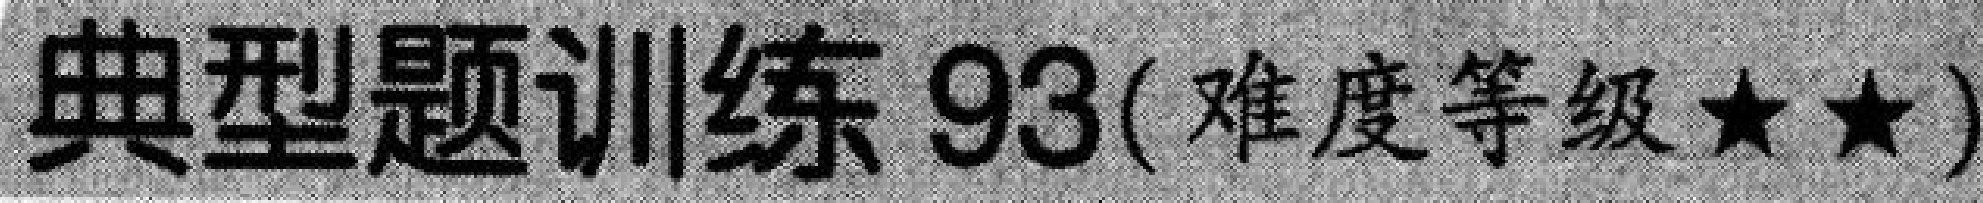
典型题训练93(难度等级$\star\star$)